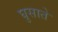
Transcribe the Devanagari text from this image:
घुसाते